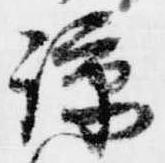
諒